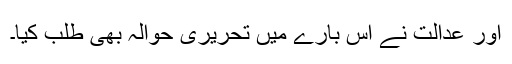
اور عدالت نے اس بارے میں تحریری حوالہ بھی طلب کیا۔